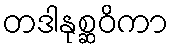
တဒါနုစ္ဆဝိကာ